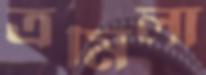
ত্রমিলা